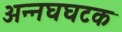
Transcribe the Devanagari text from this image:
अन्नघघटक